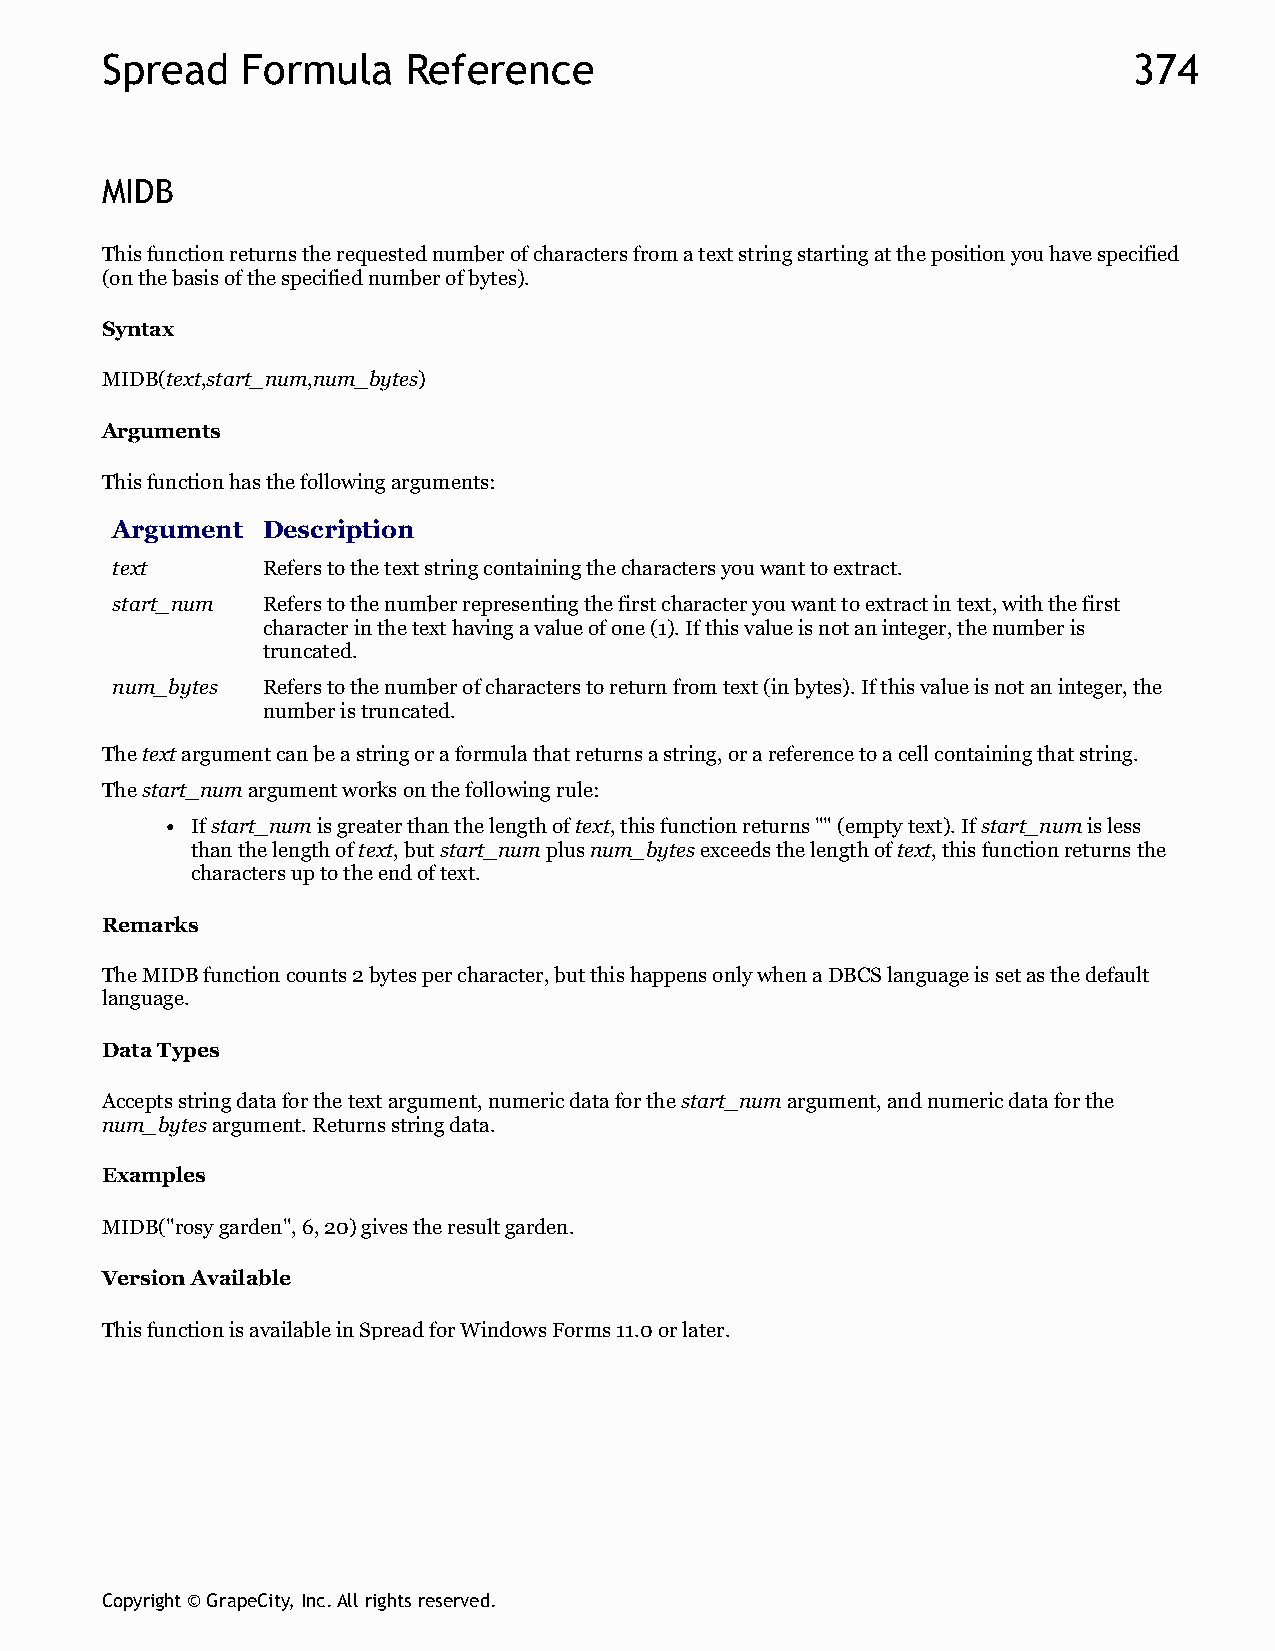
Spread   Formula    Reference                                       374
 MIDB
 This function returns the requested number of characters from a text string starting at the position you have specified
 (on the basis of the specified number of bytes).
 Syntax
 MIDB(text,start_num,num_bytes)
 Arguments
 This function has the following arguments:
 Argument  Description
 text      Refers to the text string containing the characters you want to extract.
 start_num Refers to the number representing the first character you want to extract in text, with the first
 character in the text having a value of one (1). If this value is not an integer, the number is
 truncated.
 num_bytes Refers to the number of characters to return from text (in bytes). If this value is not an integer, the
 number is truncated.
 The text argument can be a string or a formula that returns a string, or a reference to a cell containing that string.
 The start_num argument works on the following rule:
 If start_num is greater than the length of text, this function returns "" (empty text). If start_num is less
 than the length of text, but start_num plus num_bytes exceeds the length of text, this function returns the
 characters up to the end of text.
 Remarks
 The MIDB function counts 2 bytes per character, but this happens only when a DBCS language is set as the default
 language.
 Data Types
 Accepts string data for the text argument, numeric data for the start_num argument, and numeric data for the
 num_bytes argument. Returns string data.
 Examples
 MIDB("rosy garden", 6, 20) gives the result garden.
 Version Available
 This function is available in Spread for Windows Forms 11.0 or later.
 Copyright © GrapeCity, Inc. All rights reserved.